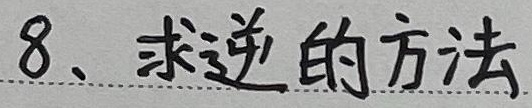
8、求逆的方法